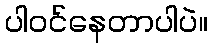
ပါ၀င်နေတာပါပဲ။